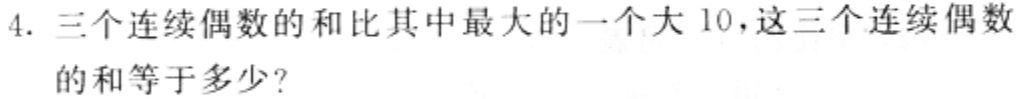
4. 三个连续偶数的和比其中最大的一个大 10，这三个连续偶数的和等于多少？